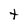
Character: t